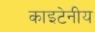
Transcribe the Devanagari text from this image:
काइटेनीय